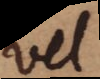
vel